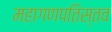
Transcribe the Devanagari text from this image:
महागणपतिस्तव